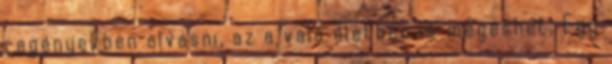
regényekben olvasni, az a való életben is megeshet. Egy